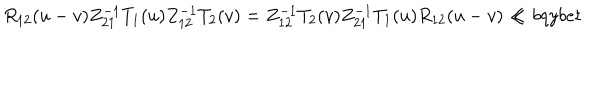
LaTeX: { R } _ { 1 2 } ( u - v ) Z _ { 2 1 } ^ { - 1 } T _ { 1 } ( u ) Z _ { 1 2 } ^ { - 1 } T _ { 2 } ( v ) = Z _ { 1 2 } ^ { - 1 } T _ { 2 } ( v ) Z _ { 2 1 } ^ { - 1 } T _ { 1 } ( u ) { R } _ { 1 2 } ( u - v ) \ll { b q y b e t }